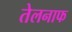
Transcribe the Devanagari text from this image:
तेलनाफ